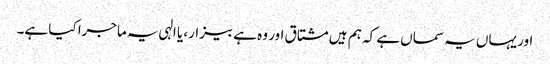
اور یہاں یہ سماں ہے کہ ہم ہیں مشتاق اور وہ ہے بیزار، یا الہی یہ ماجرا کیا ہے۔